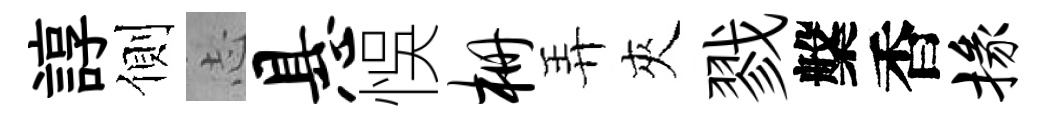
諄側𢖽悬悞栅弄夾戮槃香掾